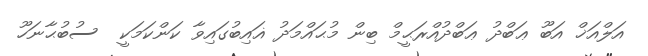
އަލްއަޚް އަބޫ ޢަބްދު ޢަބްދުއްރަޙީމް ބިން މުޙައްމަދު ޣައިބުގައިވާ ކަންކަމަކީ  ސުބުޙާނަހޫ